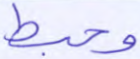
وحبط